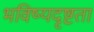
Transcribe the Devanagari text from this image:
भविष्यदृष्टता